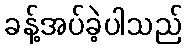
ခန့်အပ်ခဲ့ပါသည်